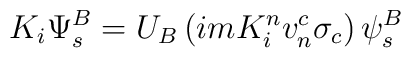
K_i \Psi_s^B = U_B \left( imK_i^n v_n^c \sigma_c\right) \psi_s^B